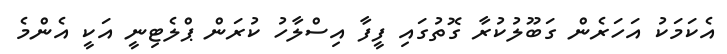
އެކަމަކު އަހަރެން ގަބޫލުކުރާ ގޮތުގައި ފީފާ އިސްލާހު ކުރަން ޕްލެޓިނީ އަކީ އެންމެ